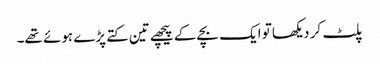
پلٹ کر دیکھا تو ایک بچے کے پیچھے تین کتے پڑے ہوئے تھے۔